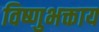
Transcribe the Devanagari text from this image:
विष्णुभक्ताय